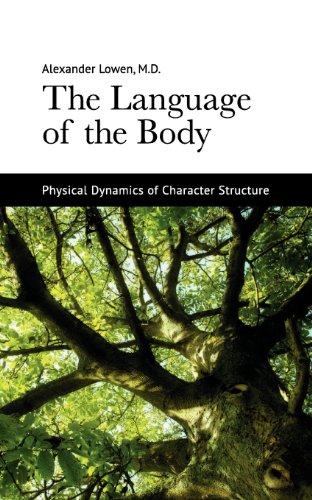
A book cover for The Language of the Body; Alexander Lowen; Health, Fitness & Dieting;